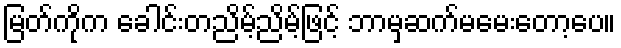
မြတ်ကိုက ခေါင်းတညိမ့်ညိမ့်ဖြင့် ဘာမှဆက်မမေးတော့ပေ။